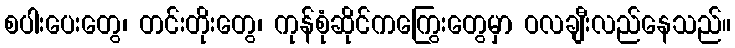
စပါးပေးတွေ၊ တင်းတိုးတွေ၊ ကုန်စုံဆိုင်ကကြွေးတွေမှာ ဝလချီးလည်နေသည်။